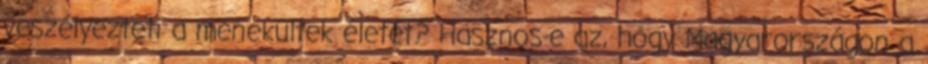
veszélyezteti a menekültek életét? Hasznos-e az, hogy Magyarországon a